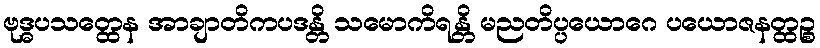
ဗုဒ္ဓပသတ္ထေန အာချာတိကပဒန္တိ သမောကိရန္တိ မညတိပ္ပယောဂေ ပယောဇနတ္ထဉ္စ